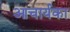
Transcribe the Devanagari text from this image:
आचार्यका